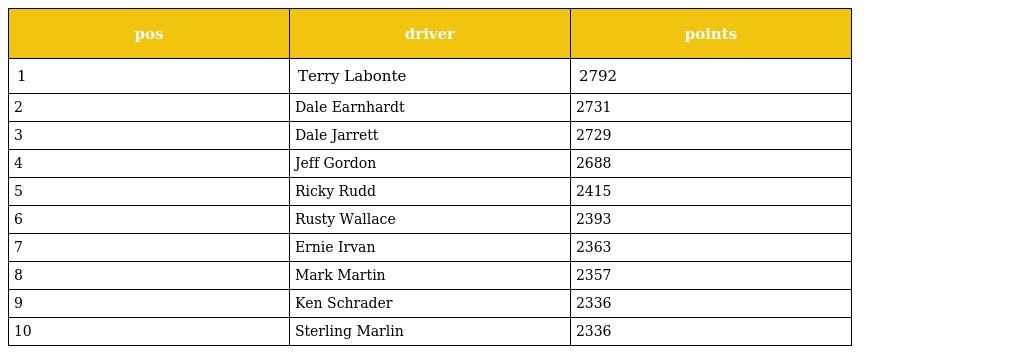
| pos | driver | points |
 | --- | --- | --- |
 | 1 | Terry Labonte | 2792 |
 | 2 | Dale Earnhardt | 2731 |
 | 3 | Dale Jarrett | 2729 |
 | 4 | Jeff Gordon | 2688 |
 | 5 | Ricky Rudd | 2415 |
 | 6 | Rusty Wallace | 2393 |
 | 7 | Ernie Irvan | 2363 |
 | 8 | Mark Martin | 2357 |
 | 9 | Ken Schrader | 2336 |
 | 10 | Sterling Marlin | 2336 |